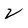
Character: 2